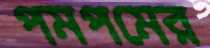
পমপমের